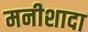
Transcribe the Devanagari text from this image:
मनीशादा